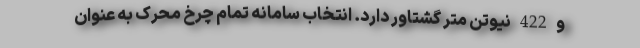
و 422 نیوتن متر گشتاور دارد. انتخاب سامانه تمام چرخ محرک به عنوان